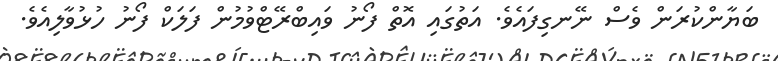
ބަޔާންކުރަން ވެސް ނޭނގިފައެވެ. އަތުގައި އޮތް ފޯނު ވައިބްރޭޓްވުމުން ފަލަކް ފޯނު ހުޅުވާލިއެވެ.